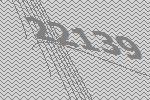
22139